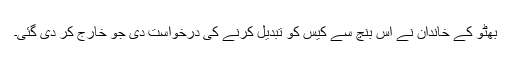
بھٹو کے خاندان نے اس بنچ سے کیس کو تبدیل کرنے کی درخواست دی جو خارج کر دی گئی۔